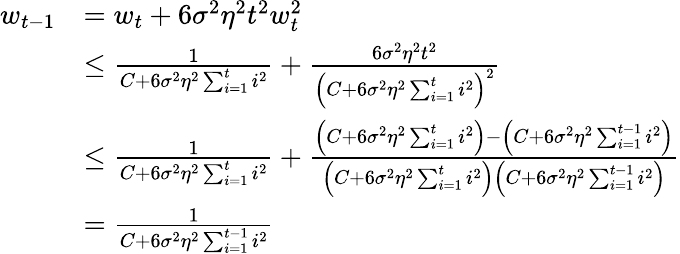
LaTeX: \begin{array}{rl}{w_{t-1}}&{=w_{t}+6\sigma^{2}\eta^{2}t^{2}w_{t}^{2}}\\ &{\leq\frac{1}{C+6\sigma^{2}\eta^{2}\sum_{i=1}^{t}i^{2}}+\frac{6\sigma^{2}\eta^{2}t^{2}}{\left(C+6\sigma^{2}\eta^{2}\sum_{i=1}^{t}i^{2}\right)^{2}}}\\ &{\leq\frac{1}{C+6\sigma^{2}\eta^{2}\sum_{i=1}^{t}i^{2}}+\frac{\left(C+6\sigma^{2}\eta^{2}\sum_{i=1}^{t}i^{2}\right)-\left(C+6\sigma^{2}\eta^{2}\sum_{i=1}^{t-1}i^{2}\right)}{\left(C+6\sigma^{2}\eta^{2}\sum_{i=1}^{t}i^{2}\right)\left(C+6\sigma^{2}\eta^{2}\sum_{i=1}^{t-1}i^{2}\right)}}\\ &{=\frac{1}{C+6\sigma^{2}\eta^{2}\sum_{i=1}^{t-1}i^{2}}}\end{array}